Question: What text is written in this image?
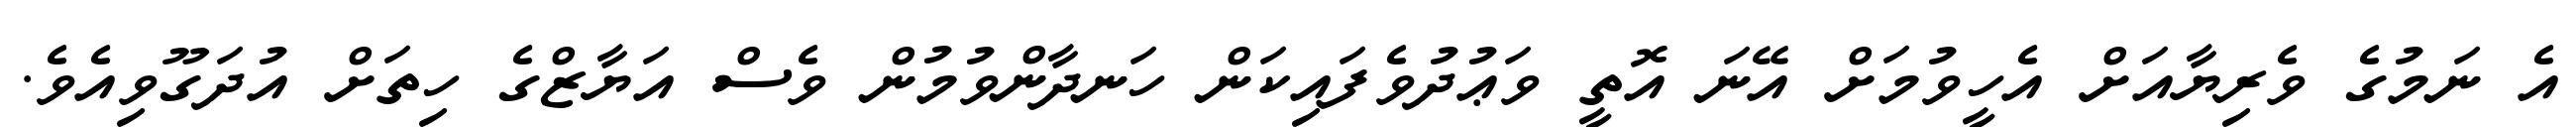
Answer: އެ ނަމުގެ ވެރިޔާއަށް އެހީވުމަށް އޭނަ އޮތީ ވަޢުދުވެފައިކަން ހަނދާންވުމުން ވެސް އަޔާޒްގެ ހިތަށް އުދަގޫވިއެވެ.